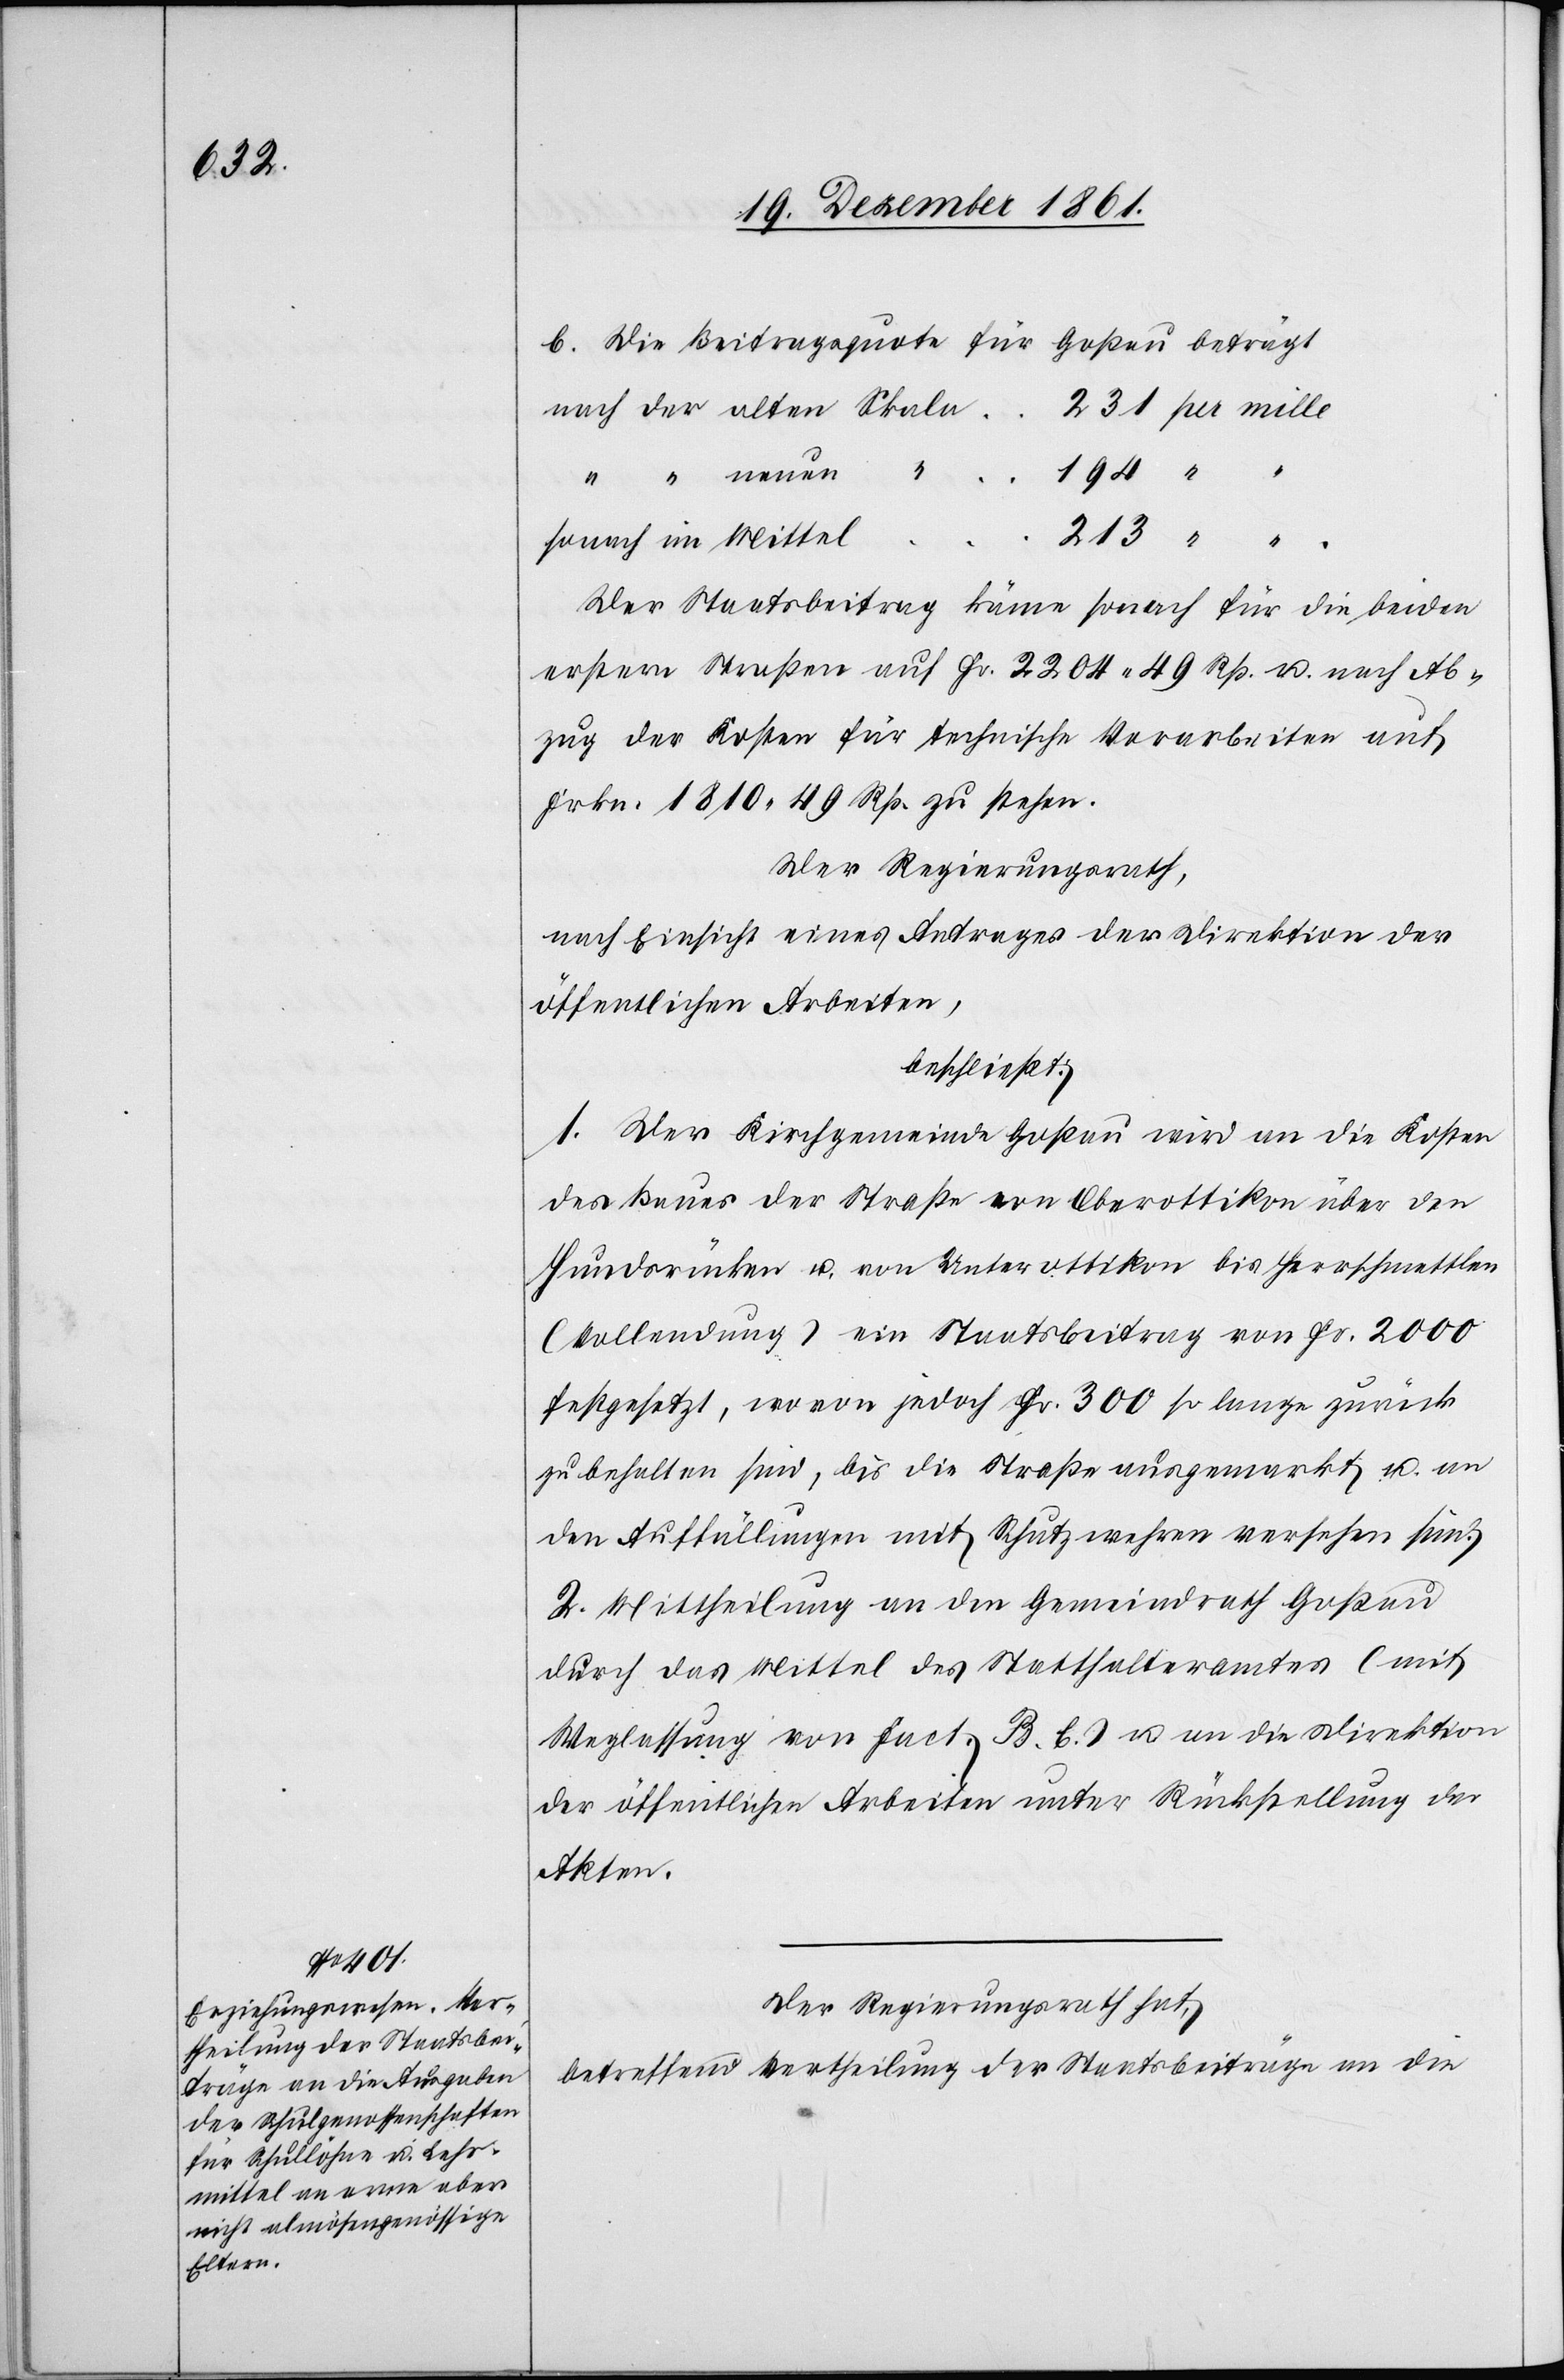
b. Die Beitragsquote für Goßau beträgt
nach der alten Schule 231 pr. mille
194 “
sonach im Mittel
“
“
Der Staatsbeitrag käme sonach für die beiden
erstern Straßen auf Fr. 2204. 49 Rp. u. nach Ab¬
zug der Kosten für technische Vorarbeiten auf
Frkn. 1810. 49 Rp. zu stehen.
Der Regierungsrath,
nach Einsicht eines Antrages der Direktion der
öffentlichen Arbeiten,
beschließt:
1. Der Kirchgemeinde Goßau wird an die Kosten
des Baues der Straße von Oberottikon über den
Hundsrücken u. von Unterottikon bis Herschmettlen
(Vollendung) ein Staatsbeitrag von Fr. 2000
festgesetzt, wovon jedoch Fr. 300 so lange zurück
zu behalten sind, bis die Straßen ausgemarkt u. an
den Auffüllungen mit Schutzwehren versehen sind.
2. Mittheilung an den Gemeindrath Goßau
durch das Mittel des Statthalteramtes (mit
Weglassung von Fact. B. C.) u. an die Direktion
der öffentlichen Arbeiten unter Rückstellung der
Akten.
Der Regierungsrath hat,
betreffend Vertheilung der Staatsbeiträge an die